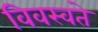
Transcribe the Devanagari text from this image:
विवस्वते